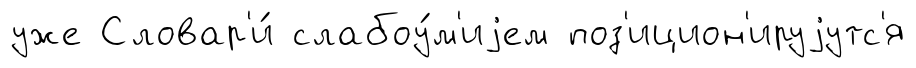
уже Словар'и́ слабоу́м'иjем поз'ицион'ируjутс'я